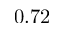
0 . 7 2